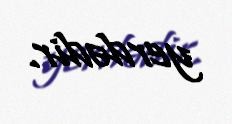
yerdədir.